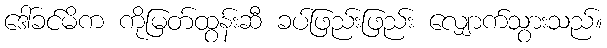
ဒေါ်ခင်မိက ကိုမြတ်ထွန်းဆီ ခပ်ဖြည်းဖြည်း လျှောက်သွားသည်။